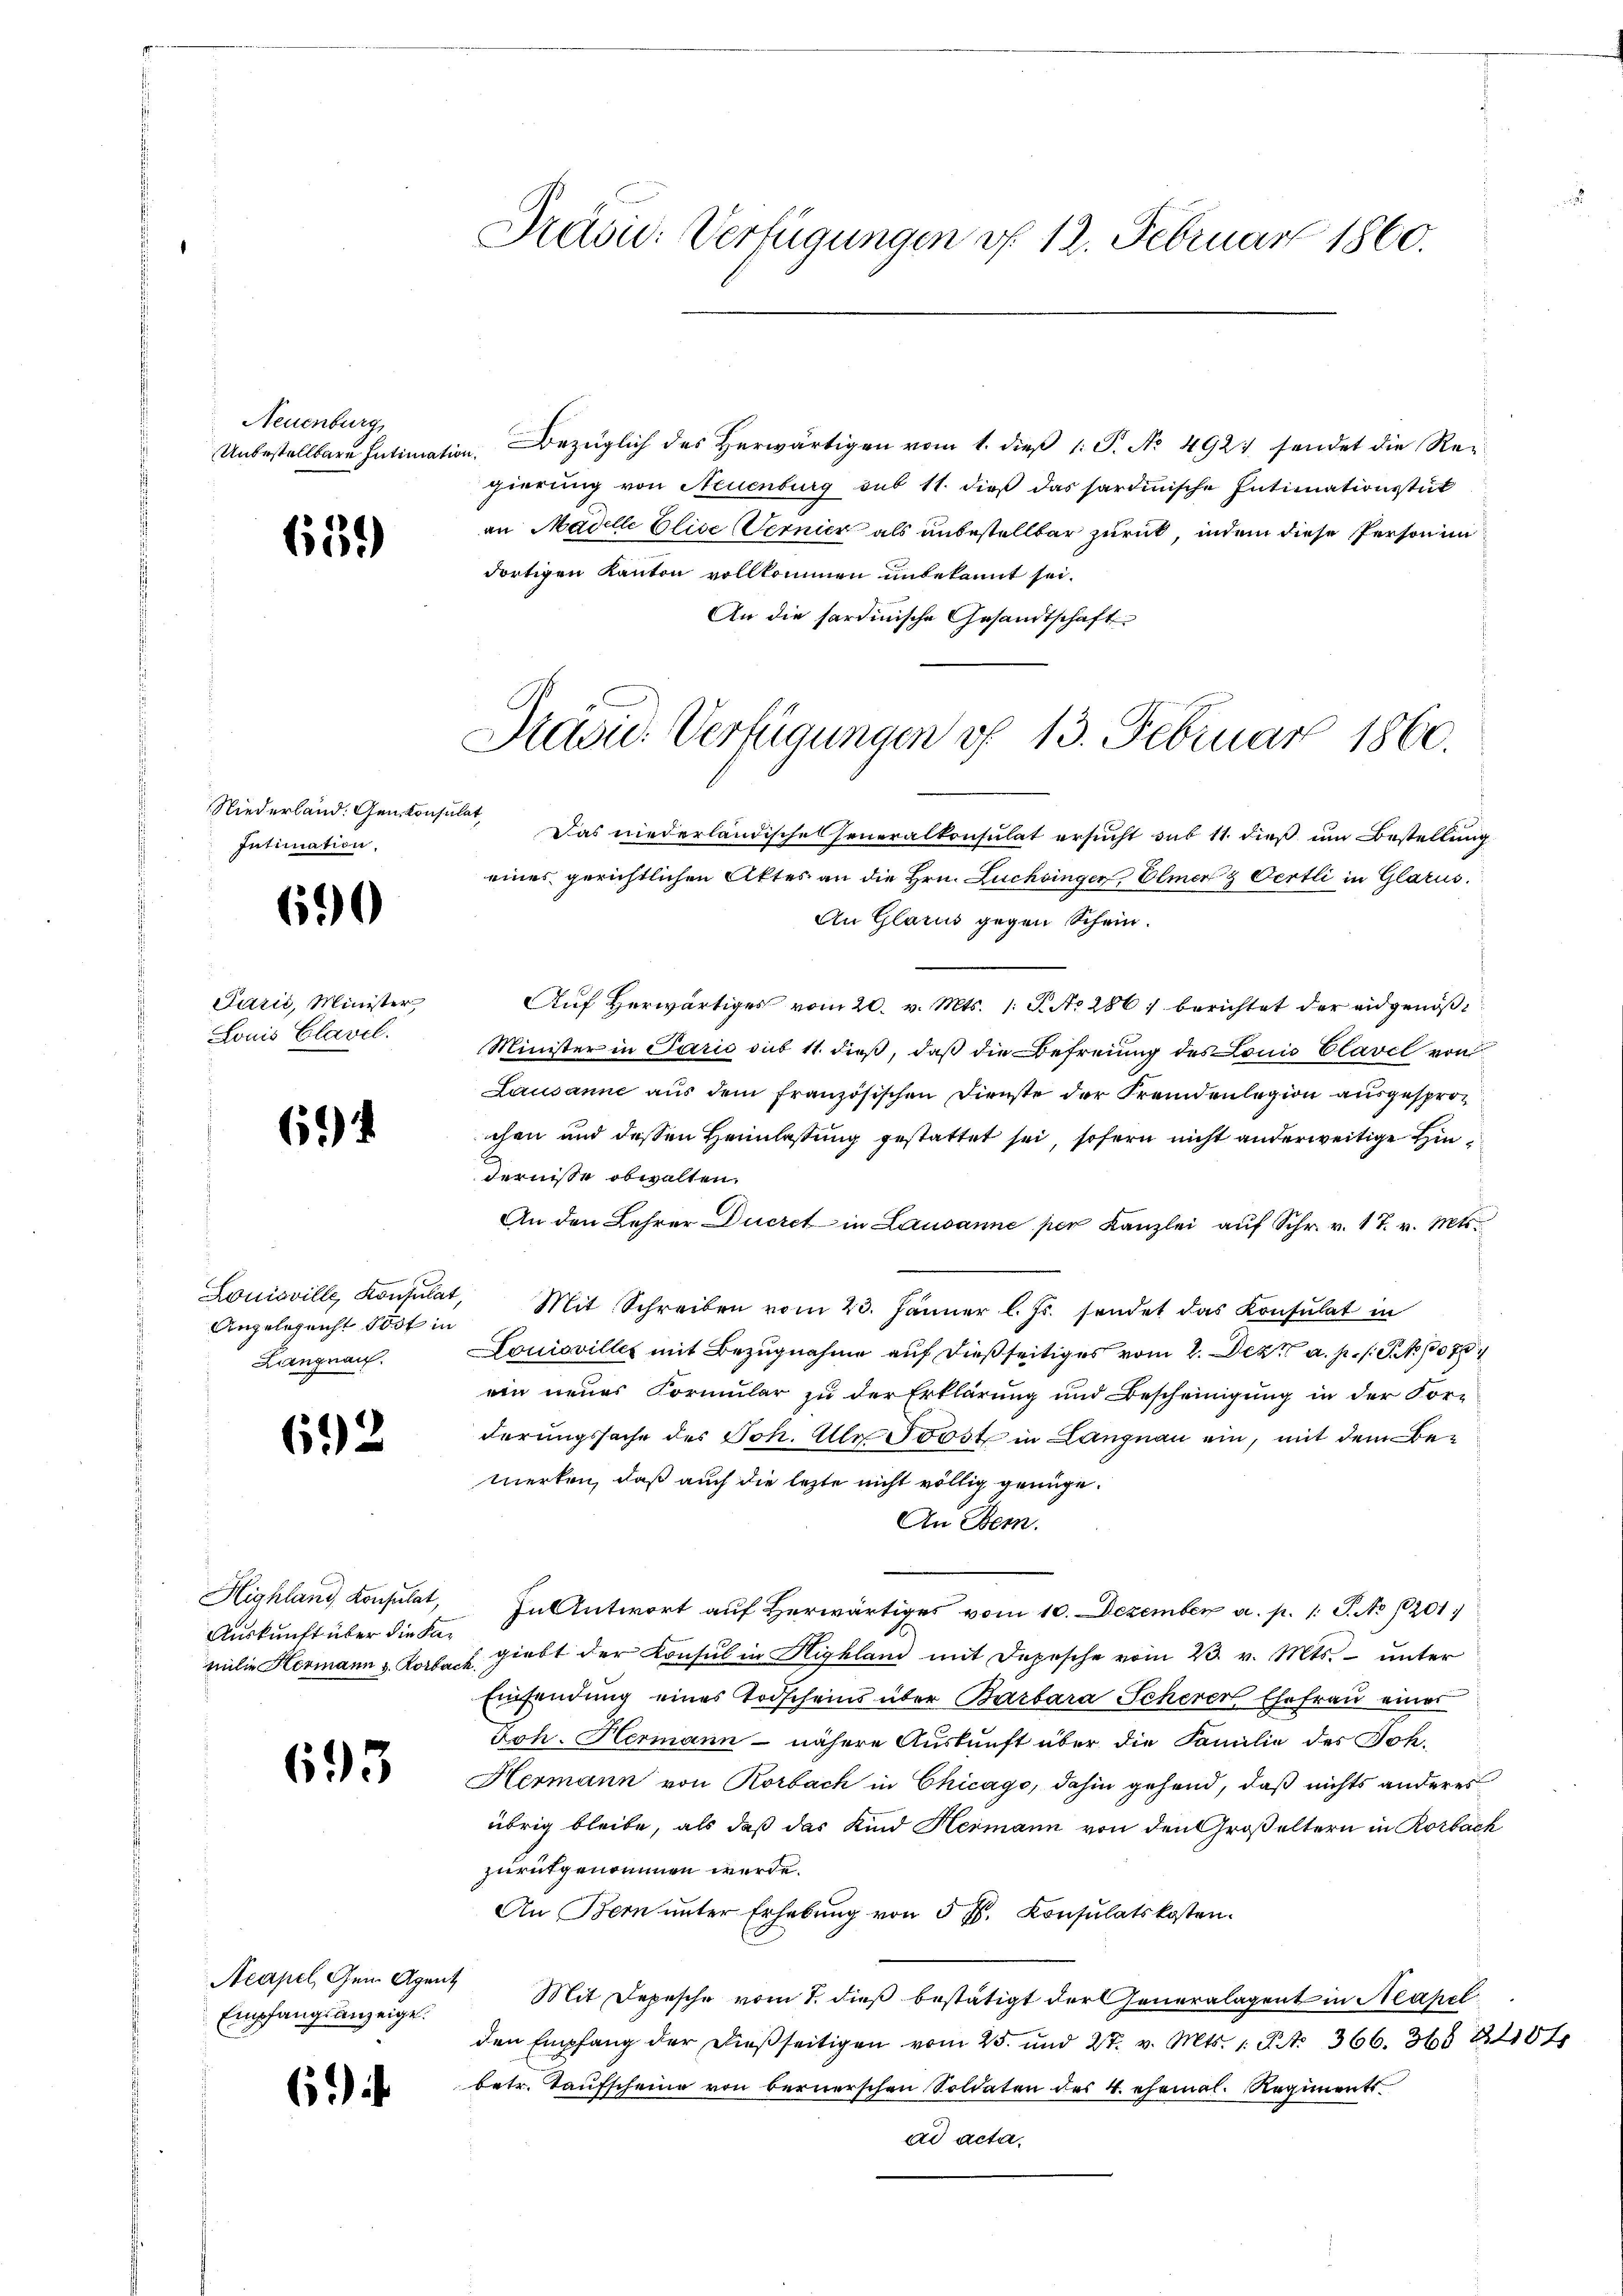
Neuenburg
Unbestellbare Intimat

65.)

Niederland: Gen. Konsulat,
Intimation.

690

Párić, Minister
Louis Clavel.

64

Louisville, Konsulat,
Angelegnicht Post in
Langnau.

612

Highland Konsulat,
Auskunft über die Familie Hermann v. Rorbach.

693

Acapel, Gem. Agent
Empfangsanzeige.

6

Präsid. Verfügungen v. 12. Februar 1860.

Kasid. Verfügungen vf 13. Februar 1860.

tion. Bezüglich des herwärtigen vom 1. dieβ 1. P. No. 4921 sendet die Regierung von Neuenburg sub 11. dieß das sardinische Intimationsstück
an Madelle Elise Vernier als unbestellbar zurück, indem diese Personen
dortigen Kanton vollkommen unbekannt sei.
An die sardinische Gesandtschaft
Das niederländische Generalkonsulat ersucht sub 11. dieß um Bestellung
eines gerichtlichen Aktes an die Hrn. Luchinger, Elmer & Oertli in Glarus.
An Glarus gegen Schein.
Auf herwärtiges vom 20. v. Mts. 1. J. No 286, berichtet der eidgenöß
Minister in Paris sub 11. dieß, daß die Befreiung des Louis Clavel von
Lausanne aus dem französischen Dienste der Fremdenlegion ausgesprochen und dessen Heinlassung gestattet sei, sofern nicht anderweitige Hindernisse obwalten,
An den Lehrer Ducret in Lausanne per Kanzlei aŭf Schr. v. 17. v. Mts.
n
Mit Schreiben vom 23. Jänner l. Js. sendet das Konsulat in
LLouisvilles mit Bezugnahme auf dießseitiges vom 2. Dez. a. p. s. S. Nr. 1076
ein neues Formular zu der Erklärung und Bescheinigung in der For-
derungssache des Joh. Ulr. Trost in Langnau ein, mit dem Bemerken, daß auch die lezte nicht völlig genüge.
An Bern.
In Antwort auf herwärtiges vom 10. Dezember a. p. 1. P. No 1201)
giebt der Konsul in Highland mit Depesche vom 23. v. Mts. unter
Einfindung eines Todscheins über Barbara Scherer Ehefrau eines
Joh. Hermann - nähere Auskunft über die Familie des Joh.
Hermann von Rorbach in Chicago, dahin gehend, daß nichts anderes
übrig bleibe, als daß das Kind Hermann von den Großeltern in Rorbach
zurükgenommen werde.
An Bern unter Erhebung von 5 fl. Konsulatskosten.
Mit Depesche vom 1. dieß bestätigt der Generalagent in Neapel
den Empfang der dießseitigen vom 25. und 27. v. Mts. 1 S. 366. 36. 1184
betr. Taufscheine von bernerschen Soldaten des 4. ehemal. Regiments
ad acta.